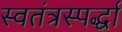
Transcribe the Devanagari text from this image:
स्वतंत्रस्पर्द्धा